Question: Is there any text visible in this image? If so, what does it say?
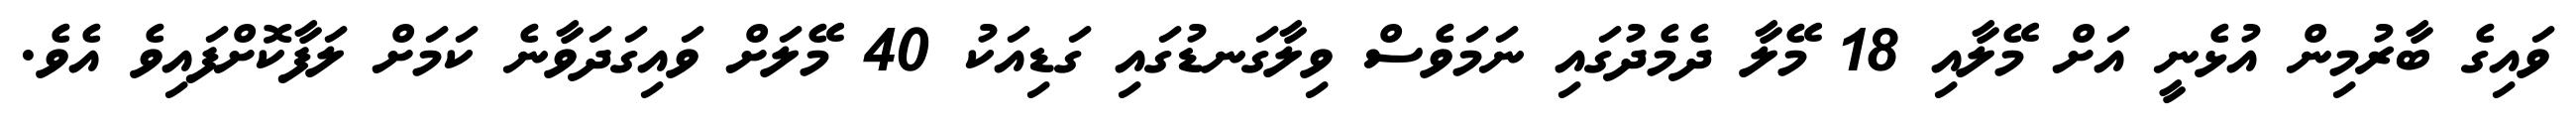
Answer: ވައިގެ ބާރުމިން އުޅެނީ އަށް މޭލާއި 18 މޭލާ ދެމެދުގައި ނަމަވެސް ވިލާގަނޑުގައި ގަޑިއަކު 40 މޭލަށް ވައިގަދަވާނެ ކަމަށް ލަފާކޮށްފައިވެ އެވެ.